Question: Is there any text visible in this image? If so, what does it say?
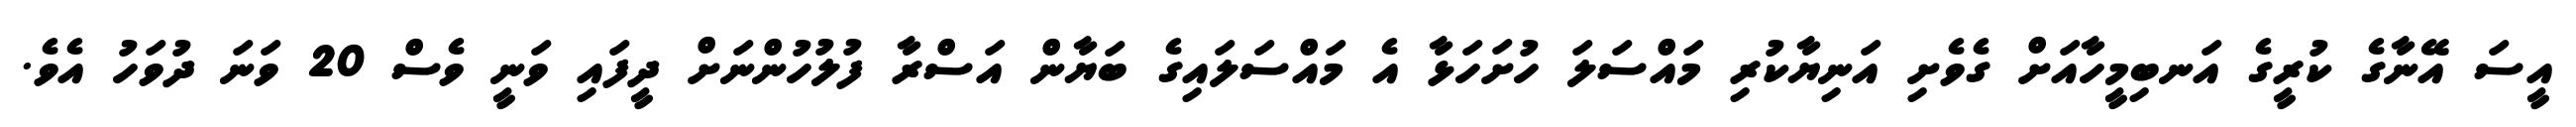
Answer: އީސަ އޭނާގެ ކުރީގެ އަނބިމީހާއަށް ގެވެށި އަނިޔާކުރި މައްސަލަ ހުށަހަޅާ އެ މައްސަލައިގެ ބަޔާން އަސްރާ ފުލުހުންނަށް ދީފައި ވަނީ ވެސް 20 ވަނަ ދުވަހު އެވެ.